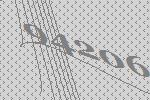
94206